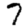
Digit: 7